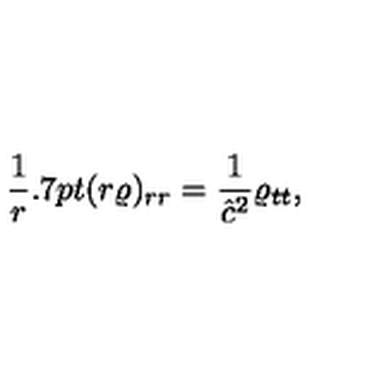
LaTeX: \frac 1 { r } { \kern 0 . 7 p t } ( r \varrho ) _ { r r } = \frac 1 { \hat { c } ^ { 2 } } \varrho _ { t t } ,